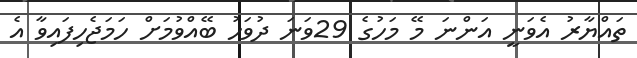
ތައްޔާރު އެވަނީ އަންނަ މޭ މަހުގެ 29ވަނަ ދުވަހު ބޭއްވުމަށް ހަމަޖެހިފައިވާ އެ